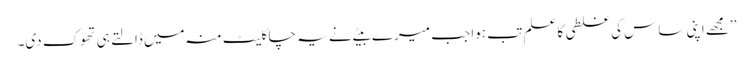
’’مجھے اپنی ساس کی غلطی کا علم تب ہوا جب میرے بیٹے نے یہ چاکلیٹ منہ میں ڈالتے ہی تھوک دی۔